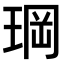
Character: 𤦇